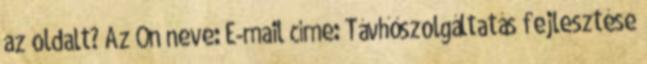
az oldalt? Az Ön neve: E-mail címe: Távhőszolgáltatás fejlesztése